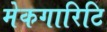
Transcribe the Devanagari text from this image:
मेकगारिटि